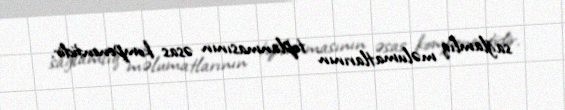
sağlamlıq məlumatlarının toplanmasının əsas komponentidir.